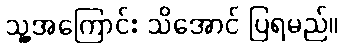
သူ့အကြောင်း သိအောင် ပြရမည်။